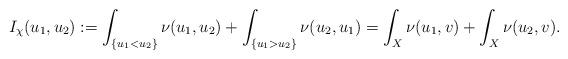
LaTeX: \begin{align*} I_\chi(u_1,u_2) &:= \int_{\{u_1< u_2\}} \nu(u_1,u_2)+\int_{\{u_1> u_2\}} \nu(u_2,u_1) = \int_X \nu(u_1,v) + \int_X \nu(u_2,v).\end{align*}